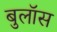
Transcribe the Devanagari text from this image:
बुलॉस